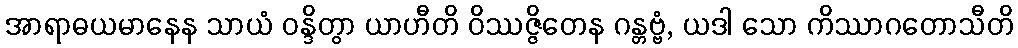
အာရာဓယမာနေန သာယံ ဝန္ဒိတွာ ယာဟီတိ ဝိဿဇ္ဇိတေန ဂန္တဗ္ဗံ, ယဒါ သော ကိဿာဂတောသီတိ